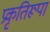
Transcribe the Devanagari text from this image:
प्रकृतिरूपा